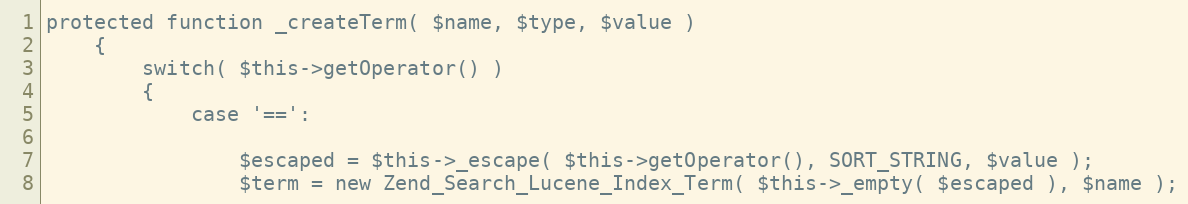
Language: PHP
protected function _createTerm( $name, $type, $value )
	{
		switch( $this->getOperator() )
		{
			case '==':

				$escaped = $this->_escape( $this->getOperator(), SORT_STRING, $value );
				$term = new Zend_Search_Lucene_Index_Term( $this->_empty( $escaped ), $name );